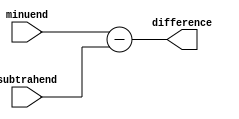
module comb_subtractor (
    input wire [3:0] minuend,
    input wire [3:0] subtrahend,
    output wire [3:0] difference
);

assign difference = minuend - subtrahend;

endmodule